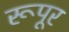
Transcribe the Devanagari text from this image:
रूपूर